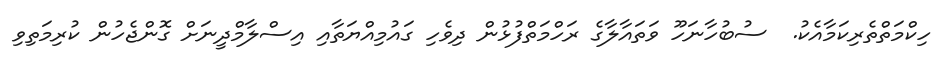
ހިކްމަތްތެރިކަމާއެކު.  ސުބުހާނަހޫ ވަތައާލާގެ ރަހްމަތްފުޅުން ދިވެހި ގައުމިއްޔަތާއި އިސްލާމްދީނަށް ގޮންޖެހުން ކުރިމަތިވި